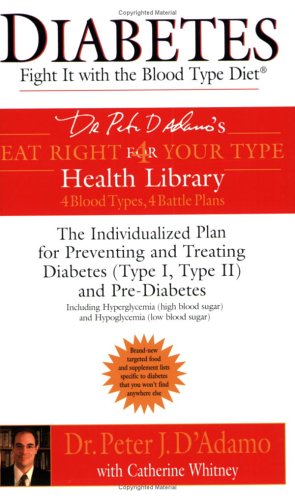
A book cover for Diabetes: Fight It with the Blood Type Diet (Dr. Peter J. D'Adamo's Eat Right 4 Your Type Health Library); Dr. Peter J. D'Adamo; Health, Fitness & Dieting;